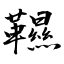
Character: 韅